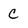
Character: c